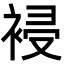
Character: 䘲